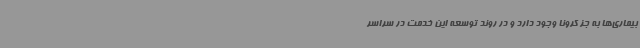
بیماری‌ها به جز کرونا وجود دارد و در روند توسعه این خدمت در سراسر